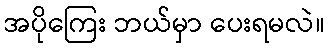
အပိုကြေး ဘယ်မှာ ပေးရမလဲ။